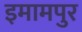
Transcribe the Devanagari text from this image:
इमामपुर